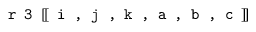
\texttt { r 3 } [ \! [ \texttt { i , j , k , a , b , c } ] \! ]